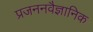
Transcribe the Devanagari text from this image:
प्रजननवैज्ञानिक